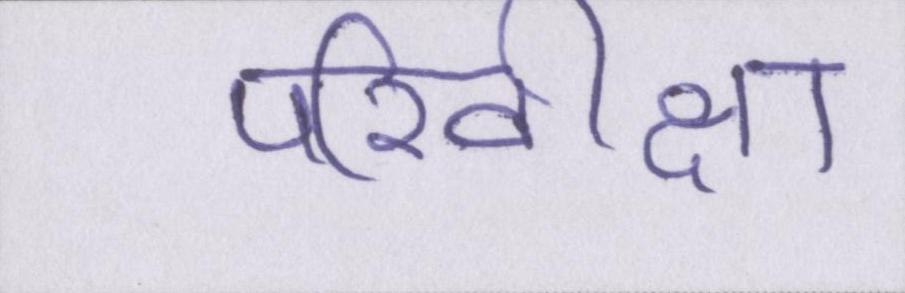
परिवीक्षा